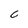
Character: c